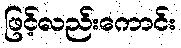
ဖြင့်လည်းကောင်း